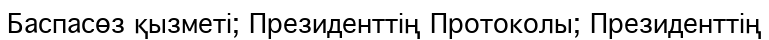
Баспасөз қызметі; Президенттің Протоколы; Президенттің